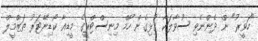
"ހަވީރު" ން ދެންނެވި ސުވާލަކާ ގުޅިގެން ހޯމް މިނިސްޓްރީގެ މީޑިއާ ކޯޑިނޭޓަރު ތަޒްމީލް